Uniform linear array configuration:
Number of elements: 4
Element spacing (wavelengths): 1
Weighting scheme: hann
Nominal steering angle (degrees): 60
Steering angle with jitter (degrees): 60.467
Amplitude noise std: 0.05
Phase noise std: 0.05

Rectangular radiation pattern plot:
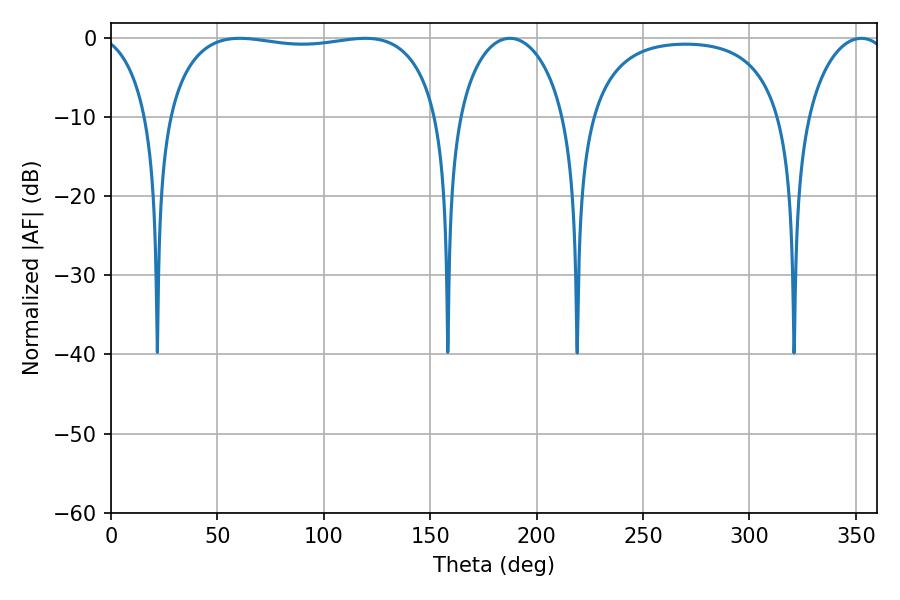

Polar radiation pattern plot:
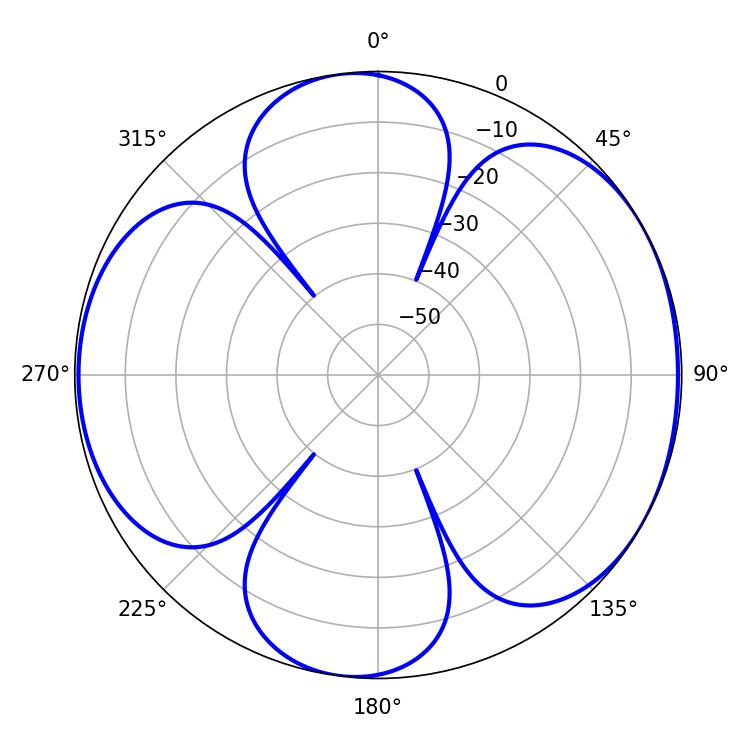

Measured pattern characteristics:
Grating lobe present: TRUE
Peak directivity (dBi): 6.15
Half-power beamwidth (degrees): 102.96
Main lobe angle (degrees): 60.48